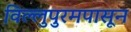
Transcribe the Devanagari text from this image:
विल्लुपुरमपासून